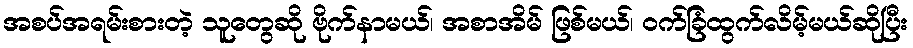
အစပ်အရမ်းစားတဲ့ သူတွေဆို ဗိုက်နာမယ်၊ အစာအိမ် ဖြစ်မယ်၊ ဝက်ခြံထွက်လိမ့်မယ်ဆိုပြီး